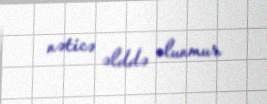
nəticə əlddə olunmur.